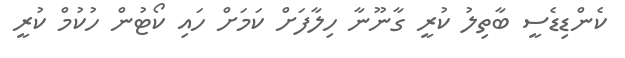
ކެންޑިޑެސީ ބާތިލު ކުރީ ގާނޫނާ ހިލާފަށް ކަމަށް ހައި ކޯޓުން ހުކުމް ކުރީ